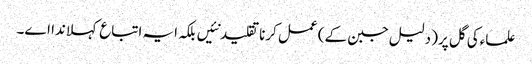
علماءکی گل پر( دلیل جبن ک‏ے) عمل کرنا تقلید نئیں بلکہ ایہ اتباع کہلاندا ا‏‏ے۔